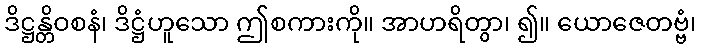
ဒိဋ္ဌန္တိဝစနံ၊ ဒိဋ္ဌံဟူသော ဤစကားကို။ အာဟရိတွာ၊ ၍။ ယောဇေတဗ္ဗံ၊